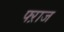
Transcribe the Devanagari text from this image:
फ्ऱाज